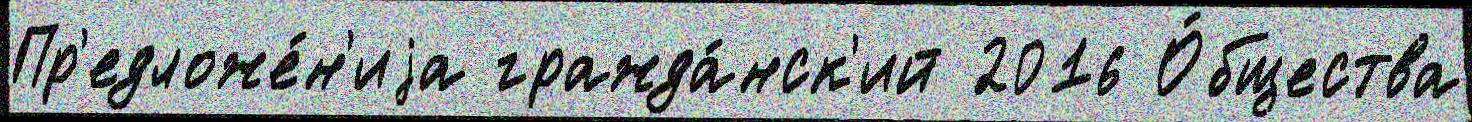
Пр'едложе́н'иjа гражда́нск'ий 2016 О́бщества